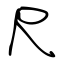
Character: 尺